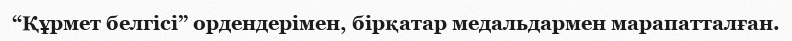
“Құрмет белгісі” ордендерімен, бірқатар медальдармен марапатталған.